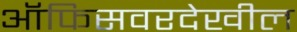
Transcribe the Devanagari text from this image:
ऑफिसवरदेखील